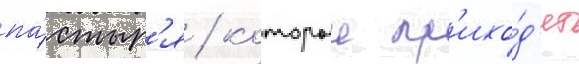
па́стыр'я / которыи пр'ихо́д'ит